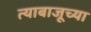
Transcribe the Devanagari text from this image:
त्याबाजूच्या